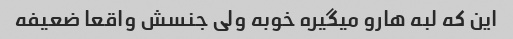
این که لبه هارو میگیره خوبه ولی جنسش واقعا ضعیفه